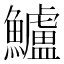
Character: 鱸